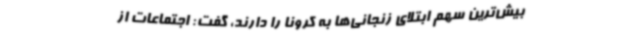
بیش‌ترین سهم ابتلای زنجانی‌ها به کرونا را دارند، گفت: اجتماعات از